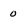
Character: 0